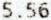
5.56